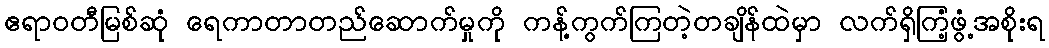
ဧရာဝတီမြစ်ဆုံ ရေကာတာတည်ဆောက်မှုကို ကန့်ကွက်ကြတဲ့တချိန်ထဲမှာ လက်ရှိကြံ့ဖွံ့အစိုးရ